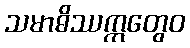
သမာဓိဿဣတွေဝ